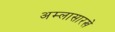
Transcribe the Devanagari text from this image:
अम्लासारखे